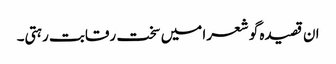
ان قصیدہ گو شعرا میں سخت رقابت رہتی۔